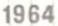
1964